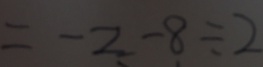
= - 2 - 8 \div 2